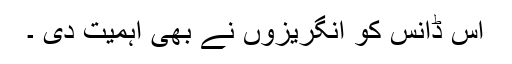
اس ڈانس کو انگریزوں نے بھی اہمیت دی ۔